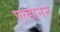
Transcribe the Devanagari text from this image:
एल्हानन